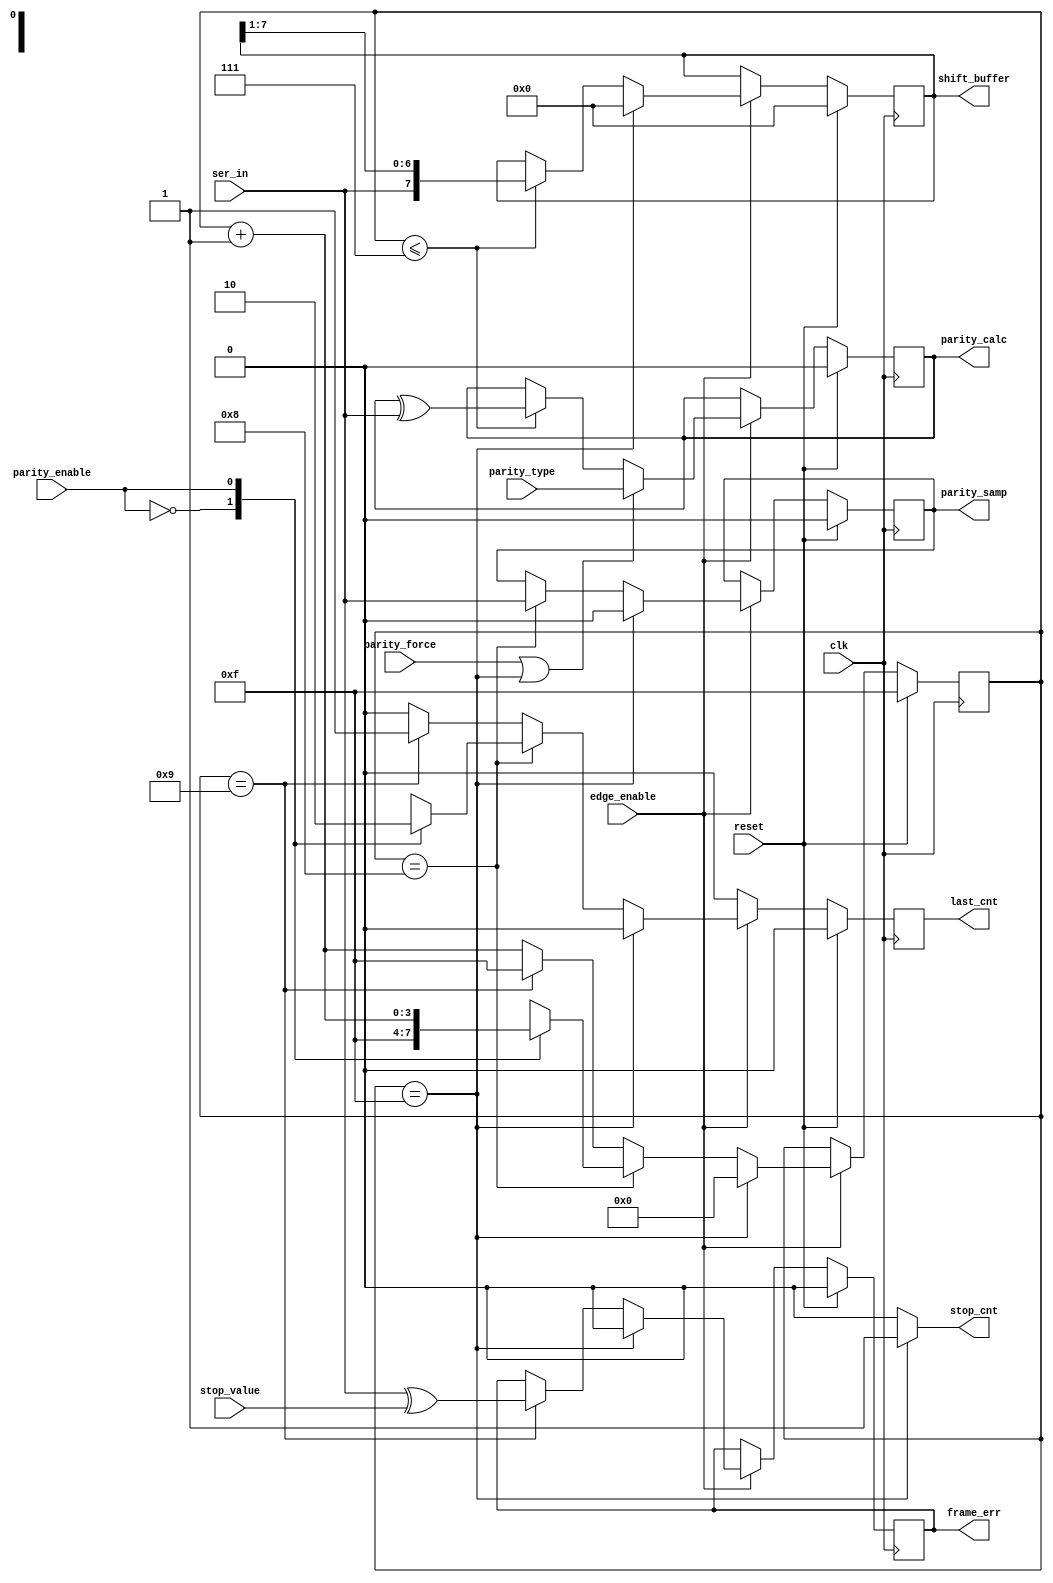
/**********************************************************************/
/*                                                                    */
/*             -------                                                */
/*            /   SOC  \                                              */
/*           /    GEN   \                                             */
/*          /     LIB    \                                            */
/*          ==============                                            */
/*          |            |                                            */
/*          |____________|                                            */
/*                                                                    */
/*  Generic model for a serial asynchronous receiver                  */
/*                                                                    */
/*  Author(s):                                                        */
/*      - John Eaton, jt_eaton@opencores.org                          */
/*                                                                    */
/**********************************************************************/
/*                                                                    */
/*    Copyright (C) <2010>  <Ouabache Design Works>                   */
/*                                                                    */
/*  This source file may be used and distributed without              */
/*  restriction provided that this copyright statement is not         */
/*  removed from the file and that any derivative work contains       */
/*  the original copyright notice and the associated disclaimer.      */
/*                                                                    */
/*  This source file is free software; you can redistribute it        */
/*  and/or modify it under the terms of the GNU Lesser General        */
/*  Public License as published by the Free Software Foundation;      */
/*  either version 2.1 of the License, or (at your option) any        */
/*  later version.                                                    */
/*                                                                    */
/*  This source is distributed in the hope that it will be            */
/*  useful, but WITHOUT ANY WARRANTY; without even the implied        */
/*  warranty of MERCHANTABILITY or FITNESS FOR A PARTICULAR           */
/*  PURPOSE.  See the GNU Lesser General Public License for more      */
/*  details.                                                          */
/*                                                                    */
/*  You should have received a copy of the GNU Lesser General         */
/*  Public License along with this source; if not, download it        */
/*  from http://www.opencores.org/lgpl.shtml                          */
/*                                                                    */
/**********************************************************************/

module 
cde_serial_rcvr
#(parameter   WIDTH=8,           // Number of data bits
  parameter   SIZE=4             // binary size of shift_cnt, must be able to hold  WIDTH + 4 states       
 )(
input  wire               clk,
input  wire               reset,
input  wire               edge_enable,                 // one pulse per bit time for 16 x data rate timing
input  wire               parity_enable,               // 0 = no parity bit sent, 1= parity bit sent
input  wire               parity_type,                 // 0= odd,1=even
input  wire               parity_force,                // 1=force to parity_type
input  wire               stop_value,                  // value out for stop bit
input  wire               ser_in,                      // from pad_ring
output  reg   [WIDTH-1:0] shift_buffer,
output  reg               stop_cnt,
output  reg               last_cnt,
output  reg               parity_calc,
output  reg               parity_samp,
output  reg               frame_err

);  

reg           [SIZE-1:0]  shift_cnt;
   
//
//   shift_cnt controls the serial bit out
//  
//   0           Start bit  
//   1-> WIDTH   Data bit lsb first
//   WIDTH+1     Parity bit if enabled
//   2^SIZE-1    Last stop bit and idle
 
always@(posedge clk)
  if( reset )                                 
    begin
    shift_cnt       <= {SIZE{1'b1}};
    last_cnt        <= 1'b0;
    end
  else
  if(!edge_enable)
    begin    
    shift_cnt       <= shift_cnt;
    last_cnt        <= 1'b0;       
    end
  else
  if(( shift_cnt ==  {SIZE{1'b1}}))      
   begin    
    shift_cnt       <= {SIZE{1'b0}};
    last_cnt        <= 1'b0;      
   end
  else
  if ( shift_cnt == WIDTH)               
    case( parity_enable )        
      (2'b0):                 
        begin
        shift_cnt   <= {SIZE{1'b1}};
        last_cnt    <= 1'b1;
        end
      
      (2'b1):
        begin                      
        shift_cnt   <= shift_cnt + 1'b1;
        last_cnt    <= 1'b0;
        end 
   endcase // case (parity_enable)
  else
  if ( shift_cnt == (WIDTH+1))
     begin      
     shift_cnt      <= {SIZE{1'b1}};
     last_cnt       <= 1'b1;
     end
  else  
     begin             
     shift_cnt      <= shift_cnt + 1'b1;
     last_cnt       <= 1'b0;
     end
//
//
//   load shift_buffer during start_bit
//   shift down every bit
//   
//   
always@(posedge clk)
  if(reset)                                                        shift_buffer <= {WIDTH{1'b0}};
  else
  if(!edge_enable)                                                 shift_buffer <= shift_buffer;
  else
  if(shift_cnt == {SIZE{1'b1}})                                    shift_buffer <= {WIDTH{1'b0}};
  else
  if(shift_cnt <= WIDTH-1 )                                        shift_buffer <= {ser_in,shift_buffer[WIDTH-1:1]};
  else                                                             shift_buffer <= shift_buffer;
//
//
//   calculate parity on the fly
//   seed reg with 0 for odd and 1 for even
//   force reg to 0 or 1 if needed  
//   
always@(posedge clk)
  if(reset)                                                        parity_calc <= 1'b0;
  else
  if(!edge_enable)                                                 parity_calc <= parity_calc;
  else
  if(parity_force || (shift_cnt == {SIZE{1'b1}}))                  parity_calc <= parity_type;
  else
  if(shift_cnt <= WIDTH-1 )                                        parity_calc <= parity_calc ^ ser_in;
  else                                                             parity_calc <= parity_calc;
//   
//   sample parity bit and hold it until next start bit
//   
always@(posedge clk)
  if(reset)                                                        parity_samp <= 1'b0;
  else
  if(!edge_enable)                                                 parity_samp <= parity_samp;
  else
  if(shift_cnt == {SIZE{1'b1}})                                    parity_samp <= 1'b0;
  else
  if(shift_cnt == WIDTH  )                                         parity_samp <= ser_in;
  else                                                             parity_samp <= parity_samp;
//   
//   check for stop bit error
//   
always@(posedge clk)
  if(reset)                                                        frame_err <= 1'b0;
  else
  if(!edge_enable)                                                 frame_err <= frame_err;
  else
  if(shift_cnt == {SIZE{1'b1}})                                    frame_err <= 1'b0;
  else
  if(shift_cnt == WIDTH+1  )                                       frame_err <= ser_in ^ stop_value;
  else                                                             frame_err <= frame_err;

always@(*)
  if(  shift_cnt ==  {SIZE{1'b1}})                                 stop_cnt   = 1'b1;
  else                                                             stop_cnt   = 1'b0;


endmodule